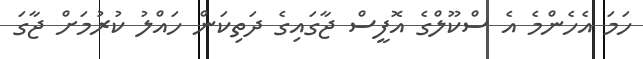
ހަމަ އެހެންމެ އެ ސްކޫލްގެ އޮފީސް ޖާގައިގެ ދަތިކަން ހައްލު ކުރުމަށް ޖާގަ